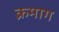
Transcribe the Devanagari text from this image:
क्रमाग